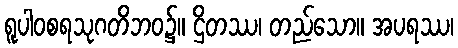
ရူပါဝစရသုဂတိဘဝ၌။ ဌိတဿ၊ တည်သော။ အပရဿ၊